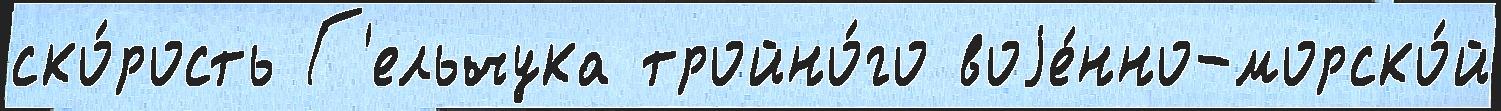
ско́рость Г'ельчука тройно́го воjе́нно-морско́й